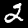
Label: 2